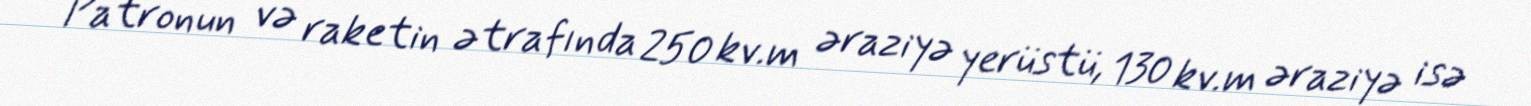
Patronun və raketin ətrafında 250 kv.m əraziyə yerüstü, 130 kv.m əraziyə isə